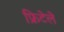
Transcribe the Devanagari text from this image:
फ्रिटेले